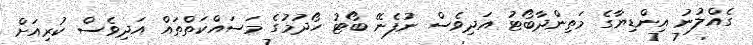
ގެއްލުނު އިންޑިޔާގެ މަތިންދާބޯޓު އަދިވެސް ނުފެނޭ ބޯޓު ހޯދުމުގެ މަސައްކަތްތައް އަދިވެސް ކުރިއަށް